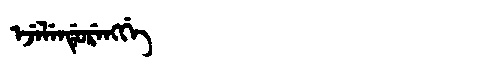
Manchu: ᡝᠵᡝᠯᡝᠨᡩᡠᡵᡝᠩᡤᡝ
Romanization: EJELENDURENGGE